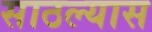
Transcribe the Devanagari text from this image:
साठल्यास